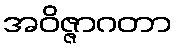
အဝိဇ္ဇာဂတာ